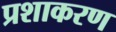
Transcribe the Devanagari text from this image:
प्रशाकरण